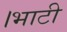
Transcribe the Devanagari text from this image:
।भाटी